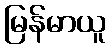
မြန်မာယူ